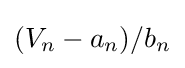
(V_{n}-a_{n})/b_{n}